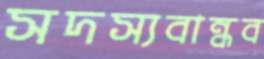
সদস্যবান্ধব